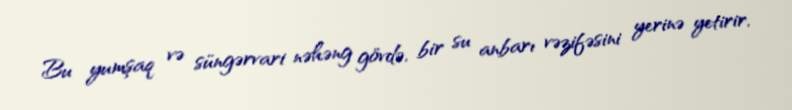
Bu yumşaq və süngərvari nəhəng gövdə, bir su anbarı vəzifəsini yerinə yetirir,